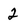
Character: 2